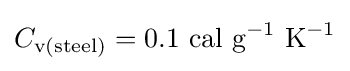
C_{\text{v(steel)}}=0.1{\text{ cal g}}^{-1}{\text{ K}}^{-1}